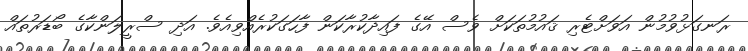
ރަނގަޅުވުމުން އަވަށްޓެރި ޤައުމުތަކަށް ވެސް އޭގެ ފައިދާކުރާކަން ފާހަގަކުރެއްވިއެވެ. އަދި ސްރީލަންކާގެ ބޯޑަރުތައް